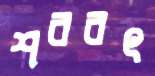
শরবৎ